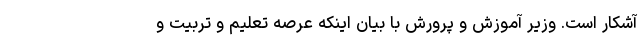
آشکار است. وزیر آموزش و پرورش با بیان اینکه عرصه تعلیم و تربیت و